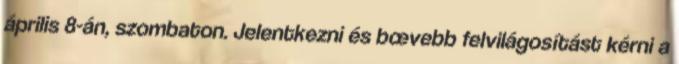
április 8-án, szombaton. Jelentkezni és bœvebb felvilágosítást kérni a